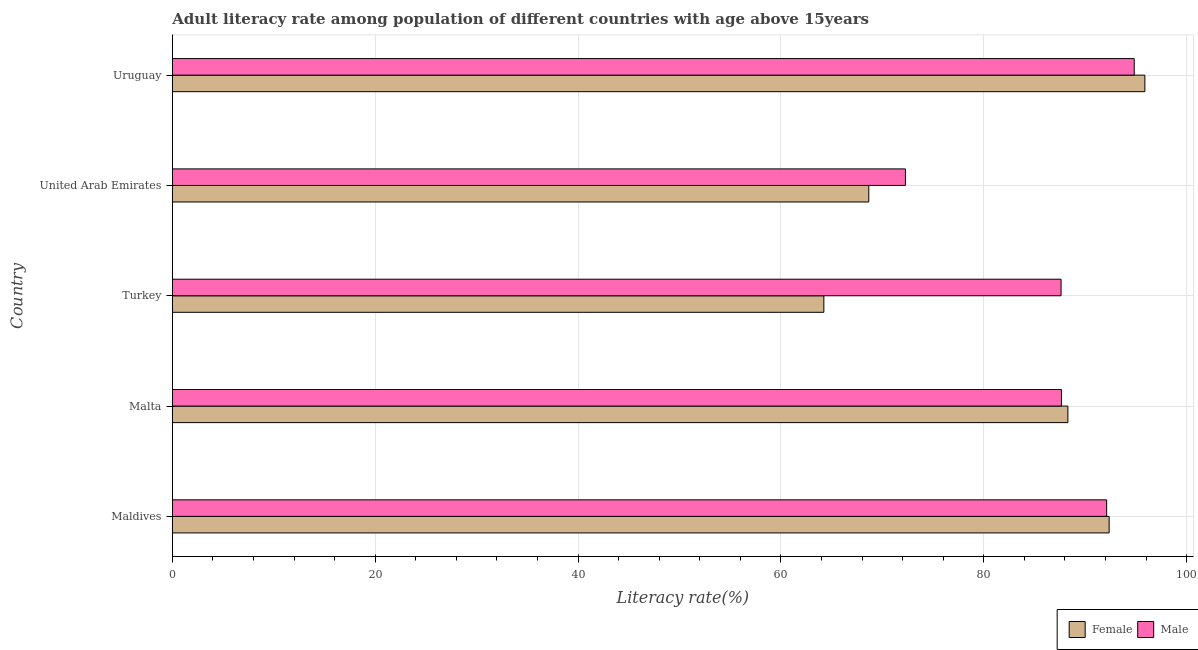
| Country | Female | Male |
 | --- | --- | --- |
 | Maldives | 92.4 | 92.1 |
 | Malta | 88.3 | 87.7 |
 | Turkey | 64.2 | 87.6 |
 | United Arab Emirates | 68.7 | 72.3 |
 | Uruguay | 95.9 | 94.8 |